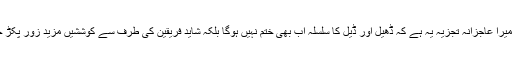
لیکن میرا عاجزانہ تجزیہ یہ ہے کہ ڈھیل اور ڈیل کا سلسلہ اب بھی ختم نہیں ہوگا بلکہ شاید فریقین کی طرف سے کوششیں مزید زور پکڑ جائیں۔